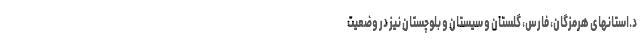
د.استانهای هرمزگان، فارس، گلستان و سیستان و بلوچستان نیز در وضعیت